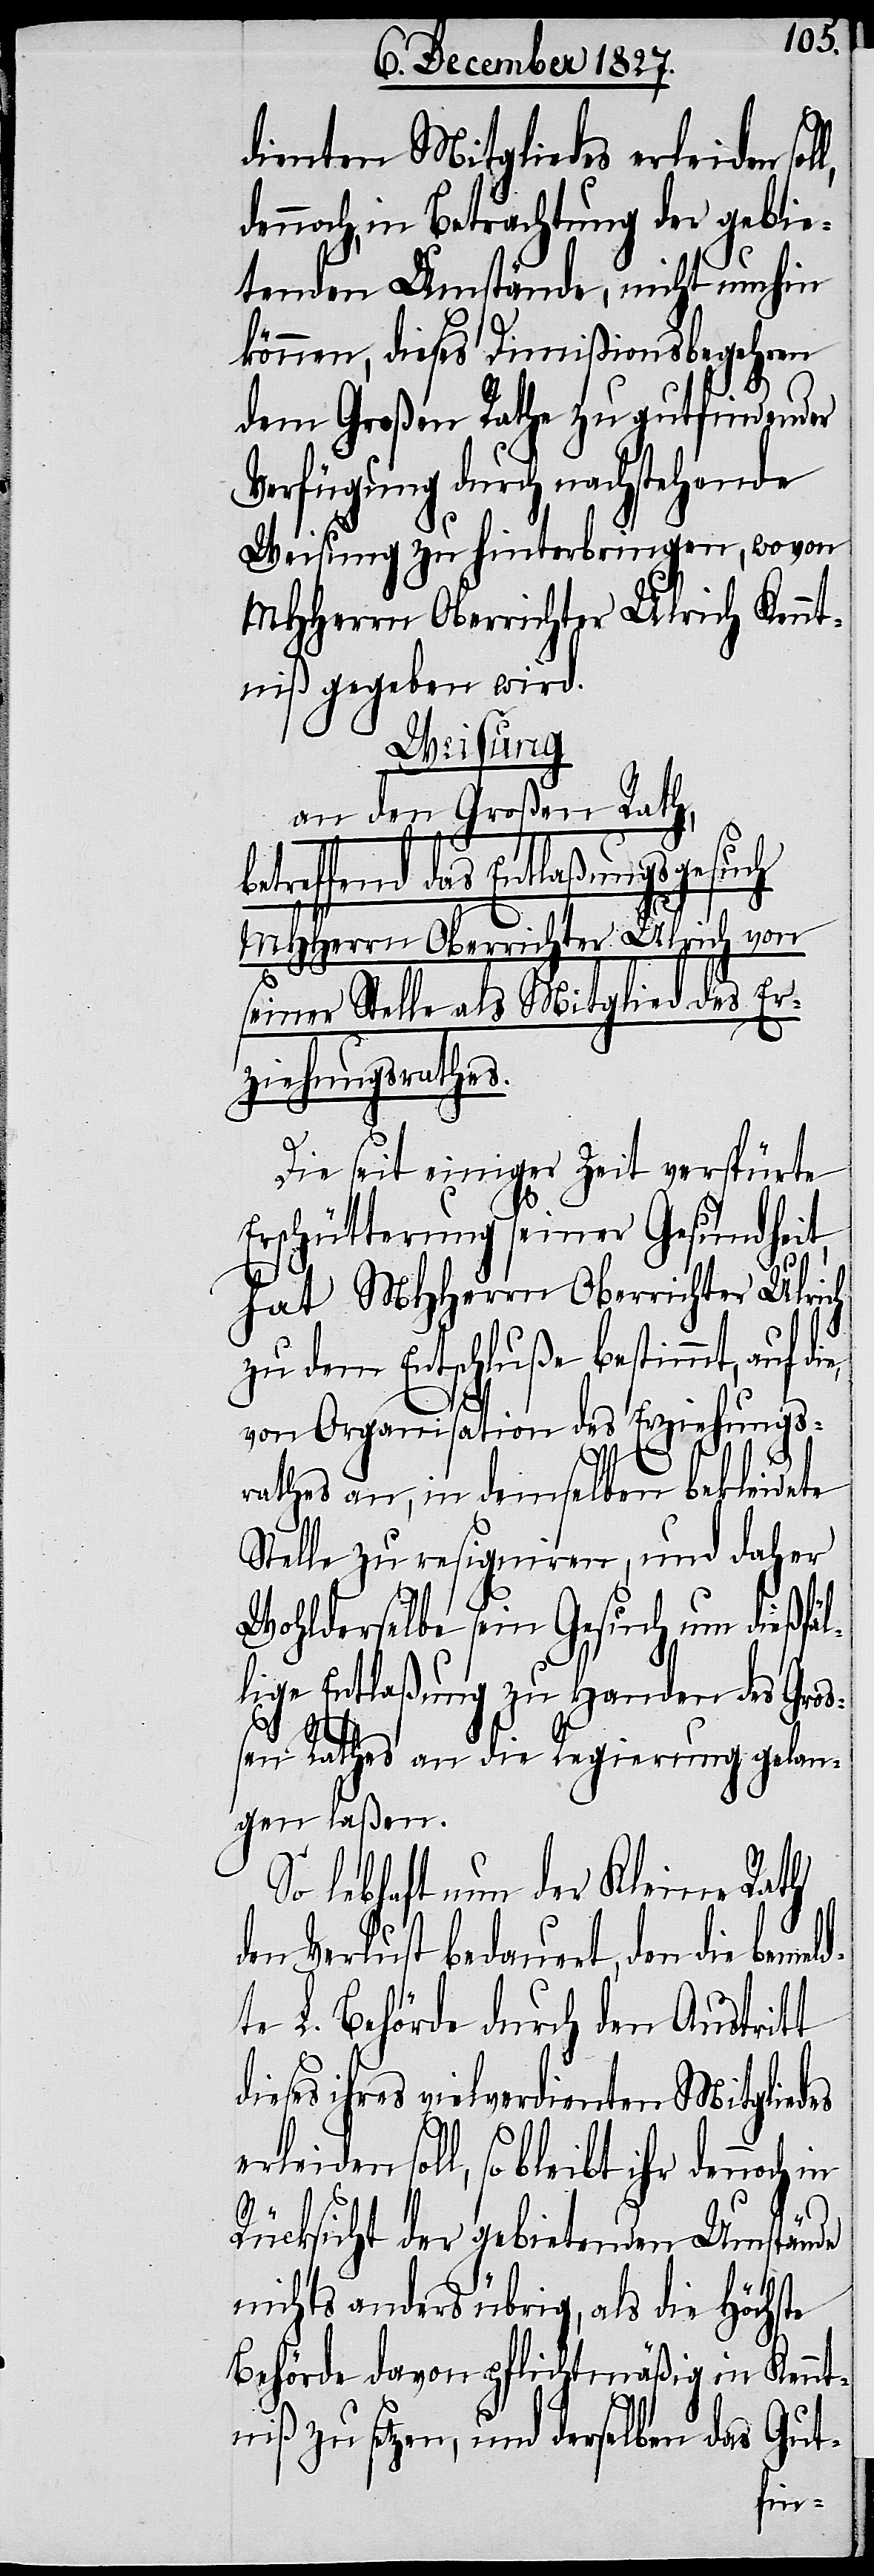
dienten Mitgliedes erleiden sol¬
dennoch, in Betrachtung der gebie¬
tenden Umstände, nicht umhin
können, dieses Dimißionsbegehren
dem Großen Rathe zu gutfindender
Verfügung durch nachstehende
Weisung zu hinterbringen, wovon
MHHerrn Oberrichter Ulrich Kennt¬
niß gegeben wird.
Weisung
an dem Großen Ra¬
betreffend das Entlaßungsgesuch
MHHerrn Oberrichter Ulrich von
seiner Stelle als Mitglied des
ziehungsrathes.
Die seit einiger Zeit verspürte
Erschütterung seiner Gesundheit,
hat MHHerrn Oberrichter Ul¬
zu dem Entschluße bestimmt, auf d¬
von Organisation des Erziehungs¬
rathes an, in demselben bekleide¬
Stelle zu resigniren, und daher
Wohlderselbe sein Gesuch um dieß¬
lige Entlaßung zu Handen des Groß¬
erl¬
te
en Rathes an die Regierung gela¬
ngen laßen.
So lebhaft nun der Kleine Rath
den Verlust bedauert, den die bemel¬
dte L. Behörde durch den Austritt
dieses ihres vielverdienten Mitgliedes
eiden soll, so bleibt ihr dennoch
Rücksicht der gebietenden Umstände
nichts anders übrig, als die Höchste
Behörde davon pflichtmäßig in Kennt¬
niß zu setzen, und derselben das Gut-